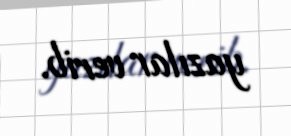
yazılar verib.